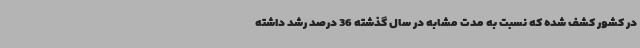
در کشور کشف شده که نسبت به مدت مشابه در سال گذشته 36 درصد رشد داشته